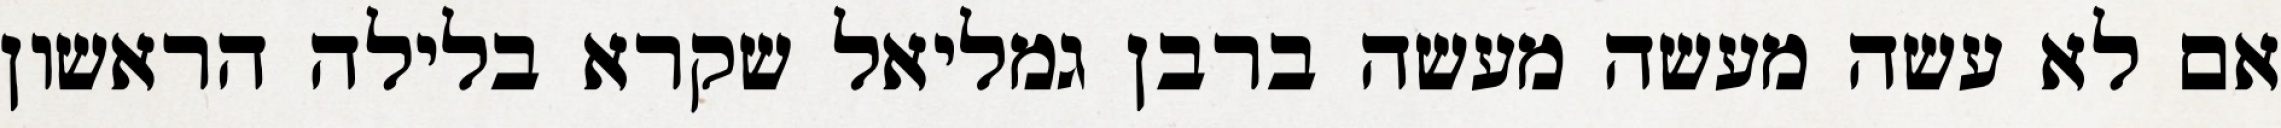
אם לא עשה מעשה מעשה ברבן גמליאל שקרא בלילה הראשון